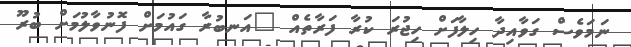
ނަމަވެސް ގަވާއިދާ ހިލާފަށް ހިޖުރަ ކުރާ ފަރާތެއް "އަނބުރާ ގައުމަށް ފޮނުވާލުމަށް ބުރޫ